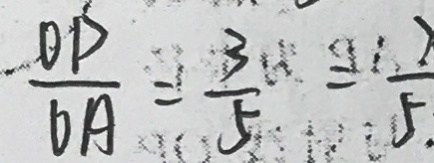
\frac { O P } { O A } = \frac { 3 } { 5 } = \frac { 7 } { 5 }